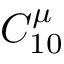
C _ { 1 0 } ^ { \mu }